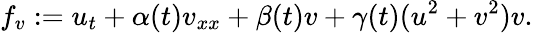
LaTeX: f_{v}:=u_{t}+\alpha(t)v_{xx}+\beta(t)v+\gamma(t)(u^{2}+v^{2})v.